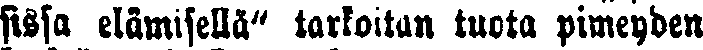
sissa elämisellä" tarkoitan tuota pimeyden